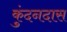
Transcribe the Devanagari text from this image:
कुंदनदास